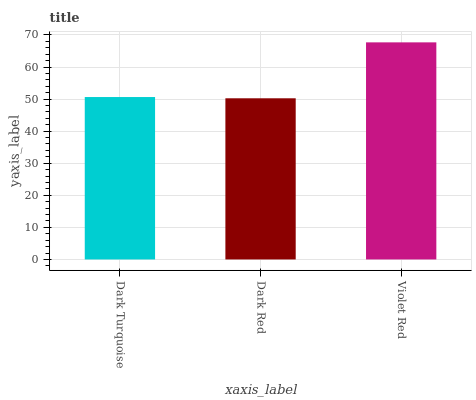
| xaxis_label | bars |
 | --- | --- |
 | Dark Turquoise | 50.6 |
 | Dark Red | 50.2 |
 | Violet Red | 67.7 |